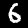
Digit: 6